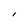
Character: I